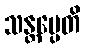
သန္တပ္ပေတိ